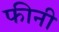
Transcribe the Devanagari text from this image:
फीनी